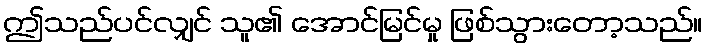
ဤသည်ပင်လျှင် သူ၏ အောင်မြင်မှု ဖြစ်သွားတော့သည်။